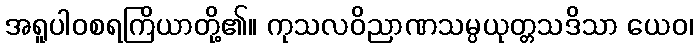
အရူပါဝစရကြိယာတို့၏။ ကုသလဝိညာဏသမ္ပယုတ္တသဒိသာ ယေဝ၊